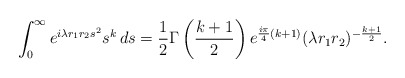
\begin{align*}\int_0^\infty e^{i \lambda r_1 r_2 s^2} s^k\,ds = \frac 12 \Gamma\left(\frac{k+1}{2}\right)e^{\frac{i\pi}{4}(k+1)}(\lambda r_1 r_2 )^{- \frac{k+1}{2}}.\end{align*}